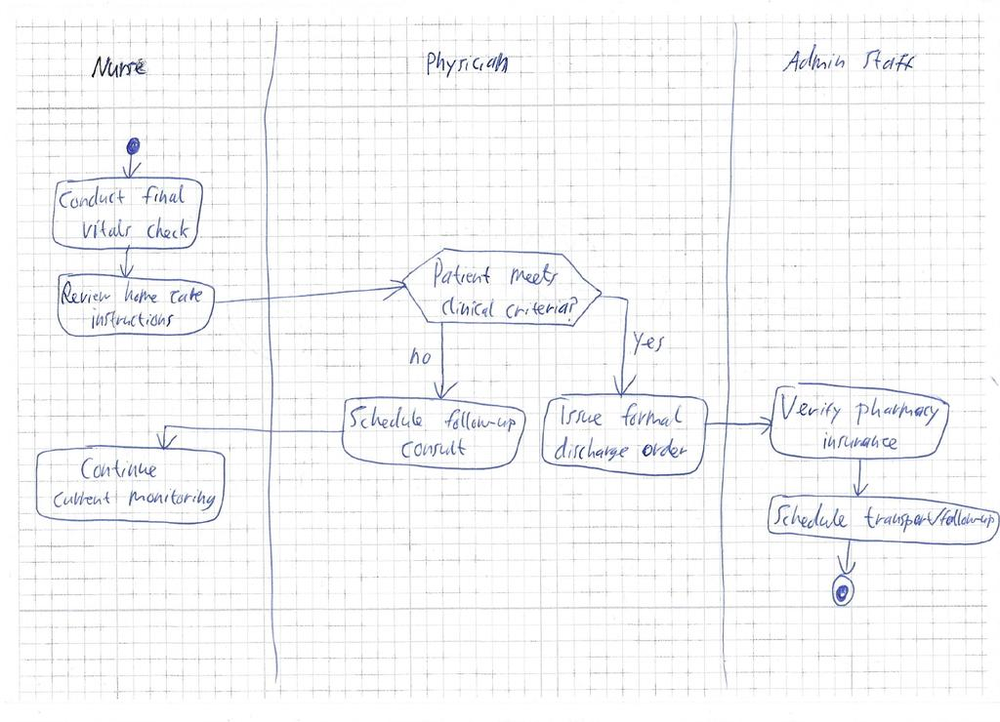
Diagram type: activity_diagram
```plantuml
@startuml

|Nurse|
|Physician|
|Admin Staff|

|Nurse|
start
:Conduct final vitals check;
:Review home care instructions;

|Physician|
if (Patient meets clinical criteria?) then (yes)
  :Issue formal discharge order;
else (no)
  :Schedule follow-up consult;
  |Nurse|
  :Continue current monitoring;
  kill
endif

|Admin Staff|
:Verify pharmacy insurance;
:Schedule transport/follow-up;

stop

@enduml
```